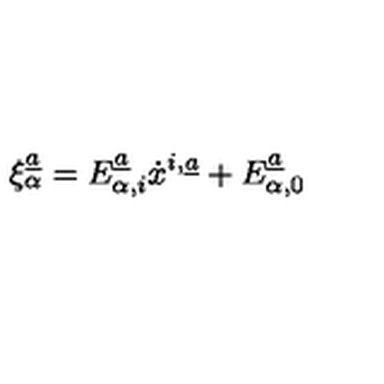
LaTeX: \xi _ { \alpha } \sp { \underline { { a } } } = E _ { \alpha , i } \sp { \underline { { a } } } \dot { x } \sp { i , \underline { { a } } } + E _ { \alpha , 0 } \sp { \underline { { a } } }